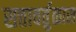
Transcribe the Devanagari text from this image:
सत्तावर्तुळास